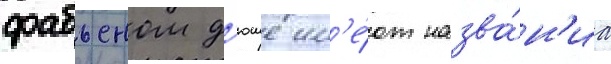
фабьеном д'юше им'е́ют назва́н'иа